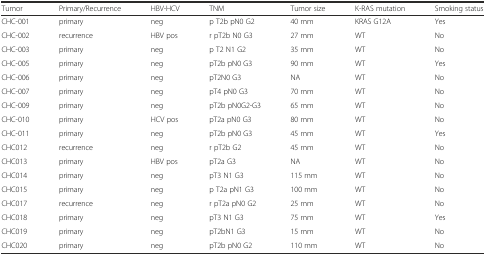
<table><thead><tr><td><b>Tumor</b></td><td><b>Primary/Recurrence</b></td><td><b>HBV-HCV</b></td><td><b>TNM</b></td><td><b>Tumor size</b></td><td><b>K-RAS mutation</b></td><td><b>Smoking status</b></td></tr></thead><tbody><tr><td>CHC-001</td><td>primary</td><td>neg</td><td>p T2b pN0 G2</td><td>40 mm</td><td>KRAS G12A</td><td>Yes</td></tr><tr><td>CHC-002</td><td>recurrence</td><td>HBV pos</td><td>r pT2b N0 G3</td><td>27 mm</td><td>WT</td><td>No</td></tr><tr><td>CHC-003</td><td>primary</td><td>neg</td><td>p T2 N1 G2</td><td>35 mm</td><td>WT</td><td>No</td></tr><tr><td>CHC-005</td><td>primary</td><td>neg</td><td>pT2b pN0 G3</td><td>90 mm</td><td>WT</td><td>Yes</td></tr><tr><td>CHC-006</td><td>primary</td><td>neg</td><td>pT2N0 G3</td><td>NA</td><td>WT</td><td>No</td></tr><tr><td>CHC-007</td><td>primary</td><td>neg</td><td>pT4 pN0 G3</td><td>70 mm</td><td>WT</td><td>No</td></tr><tr><td>CHC-009</td><td>primary</td><td>neg</td><td>pT2b pN0G2-G3</td><td>65 mm</td><td>WT</td><td>No</td></tr><tr><td>CHC-010</td><td>primary</td><td>HCV pos</td><td>pT2a pN0 G3</td><td>80 mm</td><td>WT</td><td>No</td></tr><tr><td>CHC-011</td><td>primary</td><td>neg</td><td>pT2b pN0 G3</td><td>45 mm</td><td>WT</td><td>Yes</td></tr><tr><td>CHC012</td><td>recurrence</td><td>neg</td><td>r pT2b G2</td><td>45 mm</td><td>WT</td><td>No</td></tr><tr><td>CHC013</td><td>primary</td><td>HBV pos</td><td>pT2a G3</td><td>NA</td><td>WT</td><td>No</td></tr><tr><td>CHC014</td><td>primary</td><td>neg</td><td>pT3 N1 G3</td><td>115 mm</td><td>WT</td><td>No</td></tr><tr><td>CHC015</td><td>primary</td><td>neg</td><td>p T2a pN1 G3</td><td>100 mm</td><td>WT</td><td>No</td></tr><tr><td>CHC017</td><td>recurrence</td><td>neg</td><td>r pT2a pN0 G2</td><td>25 mm</td><td>WT</td><td>No</td></tr><tr><td>CHC018</td><td>primary</td><td>neg</td><td>pT3 N1 G3</td><td>75 mm</td><td>WT</td><td>Yes</td></tr><tr><td>CHC019</td><td>primary</td><td>neg</td><td>pT2bN1 G3</td><td>15 mm</td><td>WT</td><td>No</td></tr><tr><td>CHC020</td><td>primary</td><td>neg</td><td>pT2b pN0 G2</td><td>110 mm</td><td>WT</td><td>No</td></tr></tbody></table>